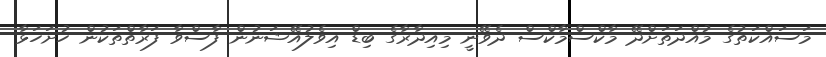
މަސައްކަތުގެ މުއްދަތަށްދޭ މާކްސްމާކްސް ދެވޭނީ މިއިދާރާގެ ބިޑް އިވެލުއޭޝަނުން ފާސްވާ ފަރާތްތަކުން ހުށަހަޅާ